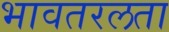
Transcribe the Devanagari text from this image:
भावतरलता